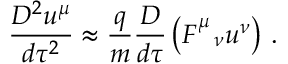
\frac { D ^ { 2 } u ^ { \mu } } { d \tau ^ { 2 } } \approx \frac { q } { m } \frac { D } { d \tau } \left( F _ { \ \ \nu } ^ { \mu } u ^ { \nu } \right) \, .